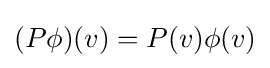
(P\phi )(v)=P(v)\phi (v)